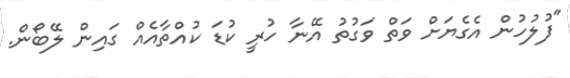
"ފުލުހުން އެގެޔަށް ވަތް ވަގުތު އޭނާ ހުރީ ކުޑަ ކުއްތާއެއް ގައިން ލޭބޯން.